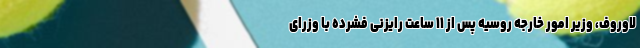
لاوروف، وزیر امور خارجه روسیه پس از ۱۱ ساعت رایزنی فشرده با وزرای